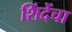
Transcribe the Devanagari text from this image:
शिंदेंचा